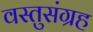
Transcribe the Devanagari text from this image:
वस्तुसंग्रह